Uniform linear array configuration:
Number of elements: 8
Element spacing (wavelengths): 0.5
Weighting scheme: hamming
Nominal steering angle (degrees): -30
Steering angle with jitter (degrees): -30.166
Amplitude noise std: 0.05
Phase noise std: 0.05

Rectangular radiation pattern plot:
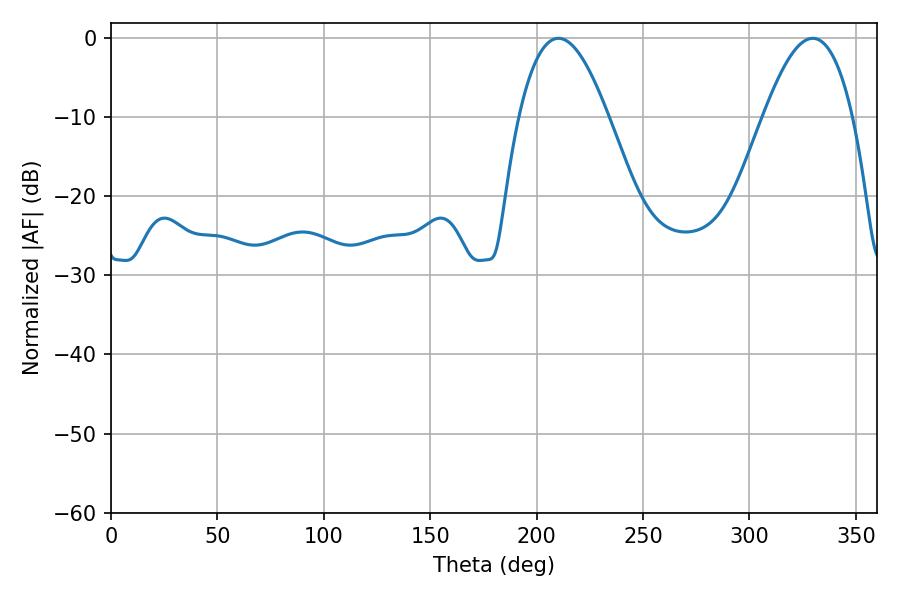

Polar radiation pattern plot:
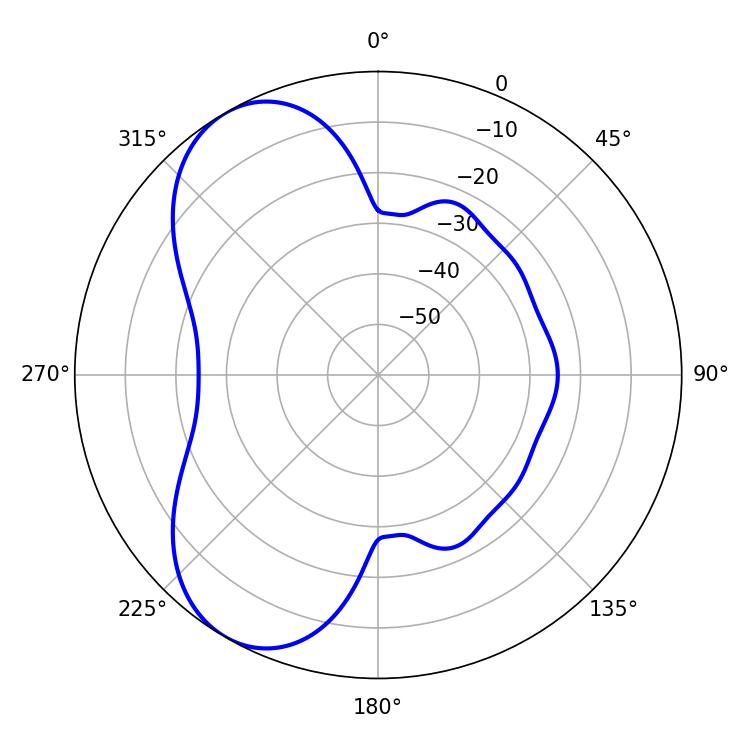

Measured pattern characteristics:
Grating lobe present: FALSE
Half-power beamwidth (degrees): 23.04
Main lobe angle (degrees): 210.24